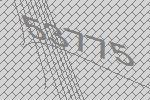
53775